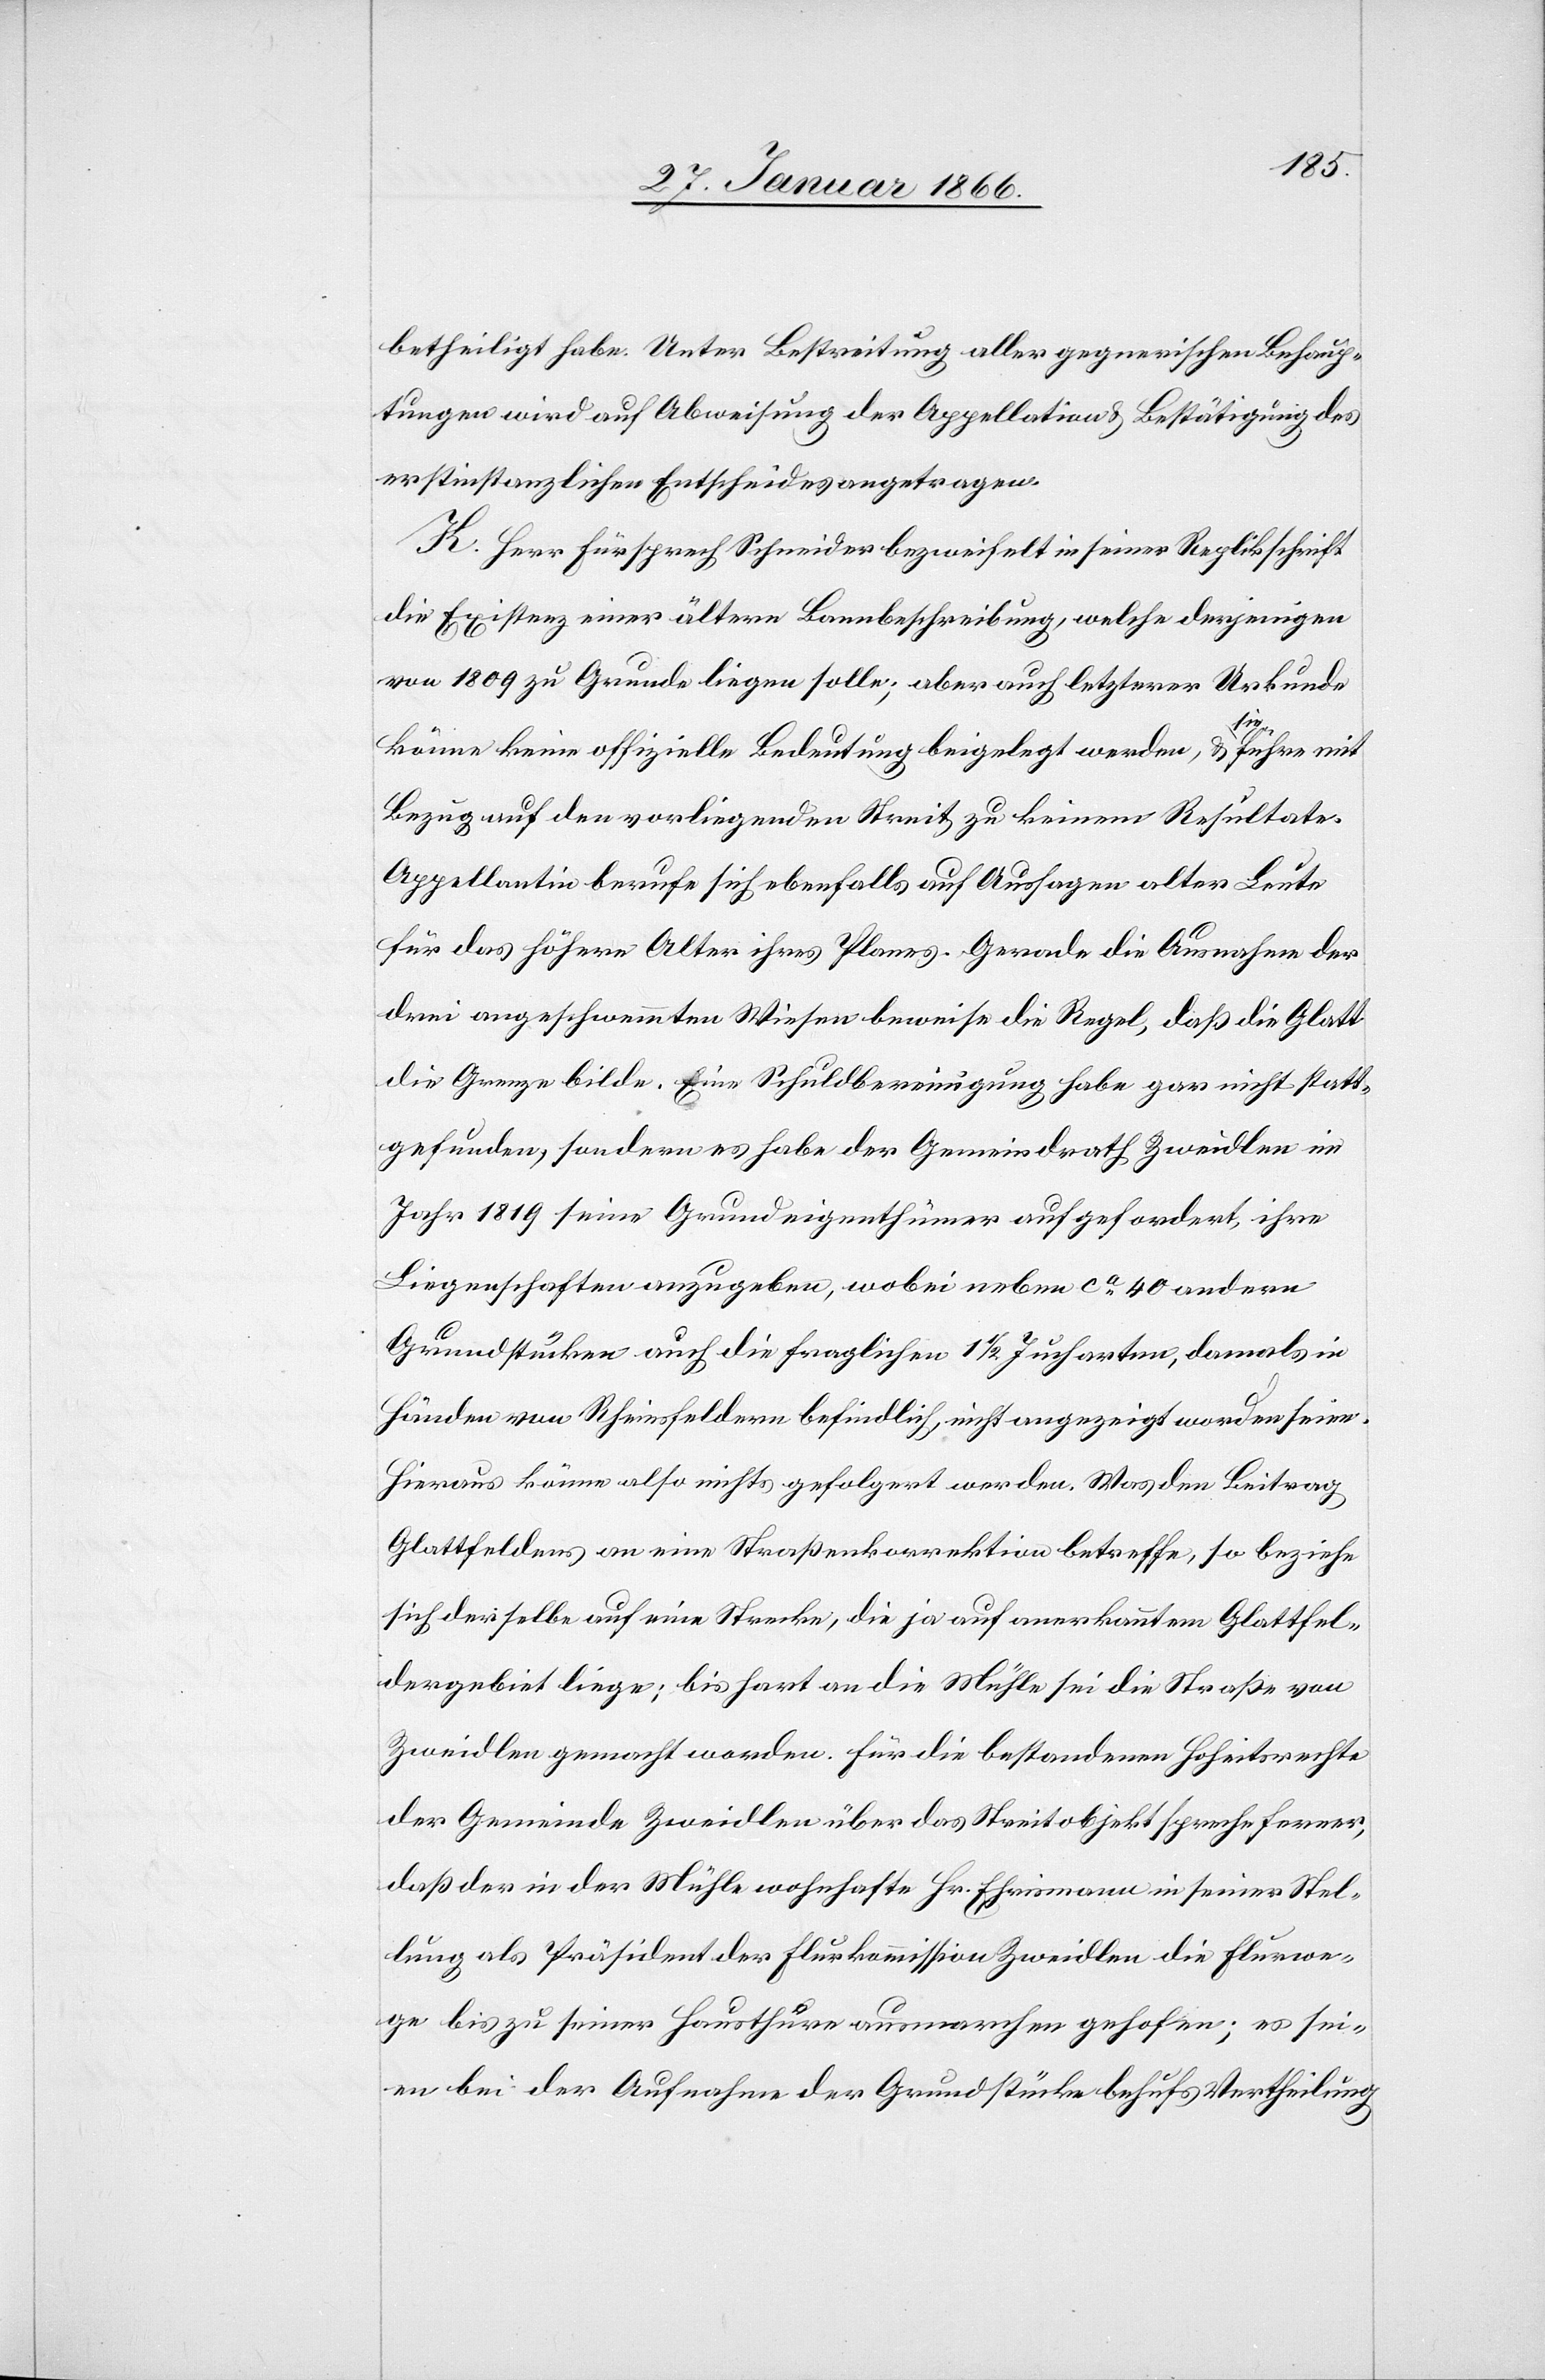
betheiligt habe. Unter Bestreitung aller gegnerischen Behaup¬
tungen wird auf Abweisung der Appellation u. Bestätigung des
erstinstanzlichen Entscheides angetragen.
K. Herr Fürsprech Schneider bezweifelt in seiner Replikschrift
die Existenz einer ältern Bannbeschreibung; welche derjenigen
von 1809 zu Grunde liegen solle; aber auch letzterer Urkunde
könne keine offizielle Bedeutung beigelegt werden, u. sie führe mit
Bezug auf den vorliegenden Streit zu keinem Resultate.
Appellantin berufe sich ebenfalls auf Aussagen alter Leute
für das höhere Alter ihres Planes. Gerade die Ausnahmen der
drei angeschwemmten Wiesen beweise die Regel, daß die Glatt
die Grenze bilde. Eine Schuldbereinigung habe gar nicht statt¬
gefunden, sondern es habe der Gemeindrath Zweidlen im
Jahr 1819 seine Grundeigenthümer aufgefordert, ihre
Liegenschaften anzugeben, wobei neben ca. 40 andern
Grundstücken auch die fraglichen 1½ Jucharten, damals in
Händen von Rheinsfeldern befindlich, nicht angezeigt worden seien.
Hieraus könne also nichts gefolgert werden. Was den Beitrag
Glattfeldens an eine Straßenkorrektion betreffe, so beziehe
sich derselbe auf eine Strecke, die ja auf anerkanntem Glattfel¬
dergebiet liege; bis hart an die Mühle sie die Straße von
Zweidlen gemacht worden. Für die bestandenen Hoheitsrechte
der Gemeinde Zweidlen über das Streitobjekt spreche ferner,
daß der in der Mühle wohnhafte Hr. Ehrismann in seiner Stel¬
lung als Präsident der Flurkommission Zweidlen die Flurwe¬
ge bis zu seiner Hausthür ausmarchen geho[l]fen; es sei¬
en bei der Aufnahme der Grundstücke behufs Vertheilung